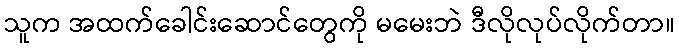
သူက အထက်ခေါင်းဆောင်တွေကို မမေးဘဲ ဒီလိုလုပ်လိုက်တာ။